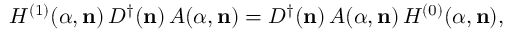
H ^ { ( 1 ) } ( { \alpha } , { \bf n } ) \, D ^ { \dagger } ( { \bf n } ) \, A ( { \alpha } , { \bf n } ) = D ^ { \dagger } ( { \bf n } ) \, A ( { \alpha } , { \bf n } ) \, H ^ { ( 0 ) } ( { \alpha } , { \bf n } ) ,